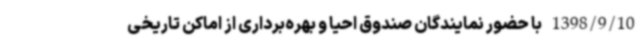
1398/9/10 با حضور نمایندگان صندوق احیا و بهره‌برداری از اماکن تاریخی